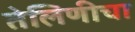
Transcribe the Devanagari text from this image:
तेलिणीचा